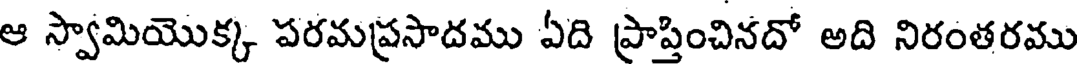
ఆ స్వామియొక్క పరమప్రసాదము ఏది ప్రాప్తించినదో అది నిరంతరము